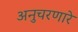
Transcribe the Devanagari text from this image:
अनुचरणारे